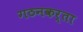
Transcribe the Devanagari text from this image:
गठनकर्ता